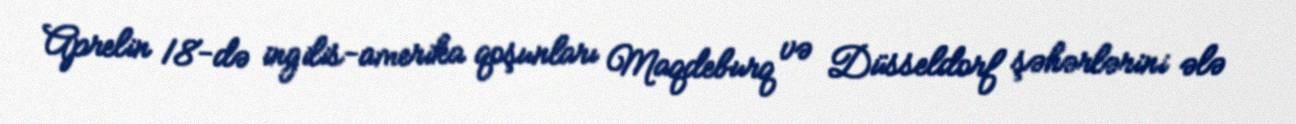
Aprelin 18-də ingilis-amerika qoşunları Maqdeburq və Düsseldorf şəhərlərini ələ